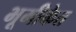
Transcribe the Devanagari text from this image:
भूमीकेत